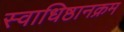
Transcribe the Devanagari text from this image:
स्वाधिष्ठानक्रम